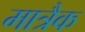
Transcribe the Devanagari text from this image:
मात्रैक